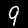
Digit: 9